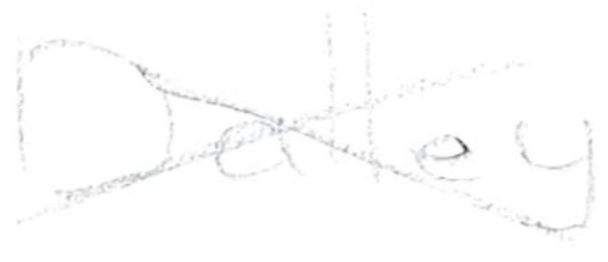
Text: Dalley.
Cross-out: cross
Writing tool: pencil